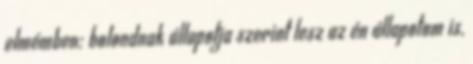
elmémben: bolondnak állapotja szerint lesz az én állapotom is,